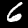
Label: 6